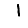
Digit: 1